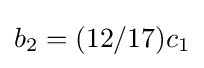
b_{2}=(12/17)c_{1}